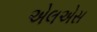
એલએસ